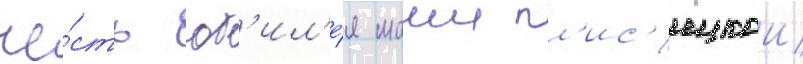
че́сть юб'ил'е́я маии пл'ис'ецкои